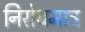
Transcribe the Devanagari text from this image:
निरोधमात्र